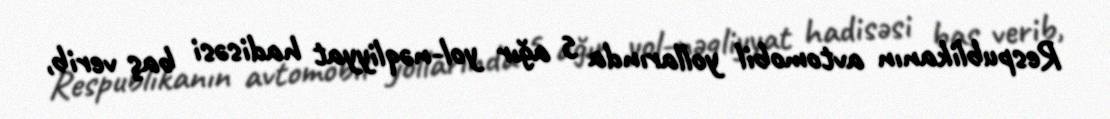
Respublikanın avtomobil yollarında 5 ağır yol-nəqliyyat hadisəsi baş verib,